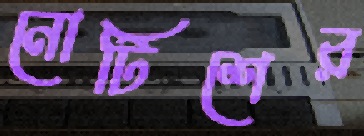
নোটিশের